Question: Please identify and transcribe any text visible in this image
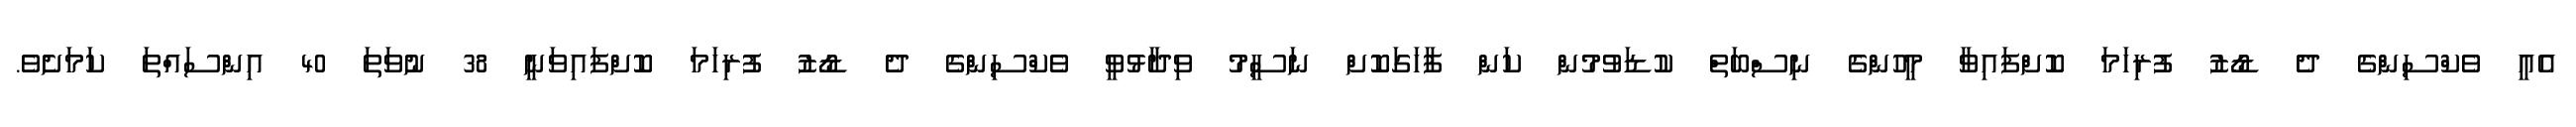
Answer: އެއީ ވެކްސިންގެ ދެ ޑޯޒު ފުރިހަމަ ކޮށްފައިވާ މީހުންގެ ނިސްބަތް ކުޑަވުމުން ކަން ފާހަގަކޮށް ނަސީމު ވިދާޅުވީ ވެކްސިންގެ ދެ ޑޯޒު ފުރިހަމަ ކޮށްފައިވަނީ 38 ނުވަތަ 40 އިންސައްތަ ކަމަށެވެ.